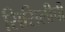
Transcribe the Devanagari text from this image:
सिसिलीची